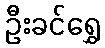
ဦးခင်ရွှေ